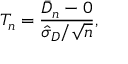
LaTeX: T _ { n } = { \frac { { \bar { D } } _ { n } - 0 } { { \hat { \sigma } } _ { D } / { \sqrt { n } } } } ,